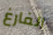
الفارغ